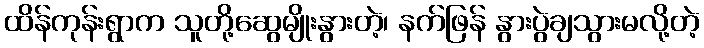
ထိန်ကုန်းရွာက သူတို့ဆွေမျိုးနွားတဲ့၊ နက်ဖြန် နွားပွဲချသွားမလို့တဲ့